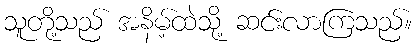
သူတို့သည် အနိမ့်ထဲသို့ ဆင်းလာကြသည်။